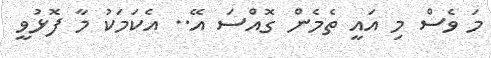
މަ ވެސް މި އައީ ތެމެން ގޮއްސަ އޭ.. އެކަމަކު މާ ފޮޅުވީ